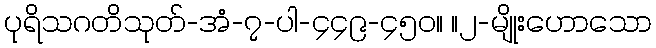
ပုရိသဂတိသုတ်-အံ-၇-ပါ-၄၄၉-၄၅၀။ ။၂-မျိုးဟောသော